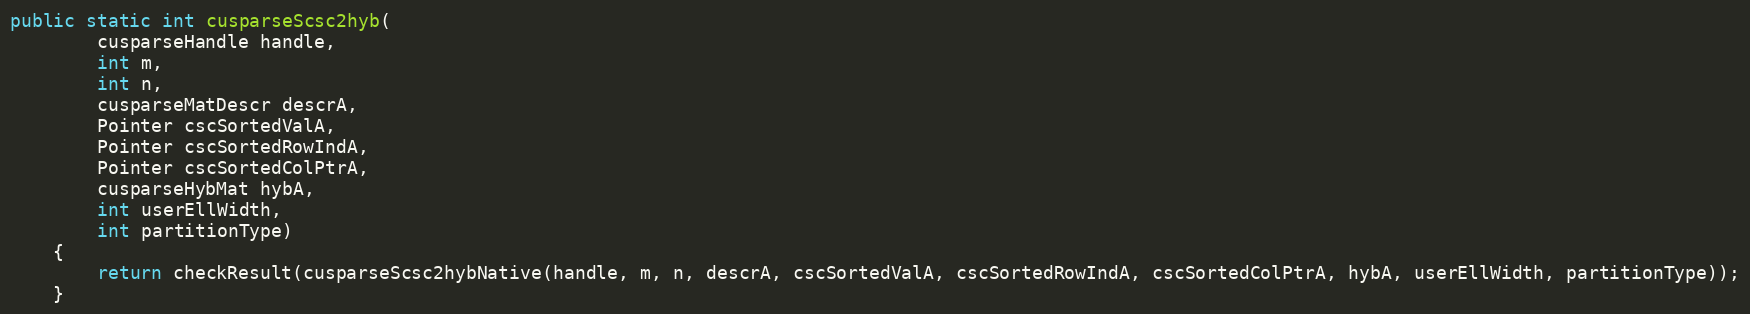
Language: Java
public static int cusparseScsc2hyb(
        cusparseHandle handle,
        int m,
        int n,
        cusparseMatDescr descrA,
        Pointer cscSortedValA,
        Pointer cscSortedRowIndA,
        Pointer cscSortedColPtrA,
        cusparseHybMat hybA,
        int userEllWidth,
        int partitionType)
    {
        return checkResult(cusparseScsc2hybNative(handle, m, n, descrA, cscSortedValA, cscSortedRowIndA, cscSortedColPtrA, hybA, userEllWidth, partitionType));
    }